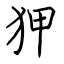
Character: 狎